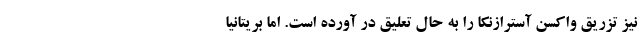
نیز تزریق واکسن آسترازنکا را به حال تعلیق در آورده است. اما بریتانیا